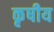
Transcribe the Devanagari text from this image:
कृषीय